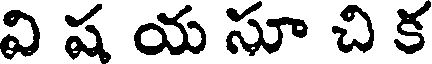
వి ష య సూ చి క